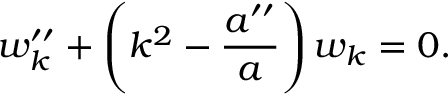
w _ { k } ^ { \prime \prime } + \left( k ^ { 2 } - { \frac { a ^ { \prime \prime } } { a } } \right) w _ { k } = 0 .